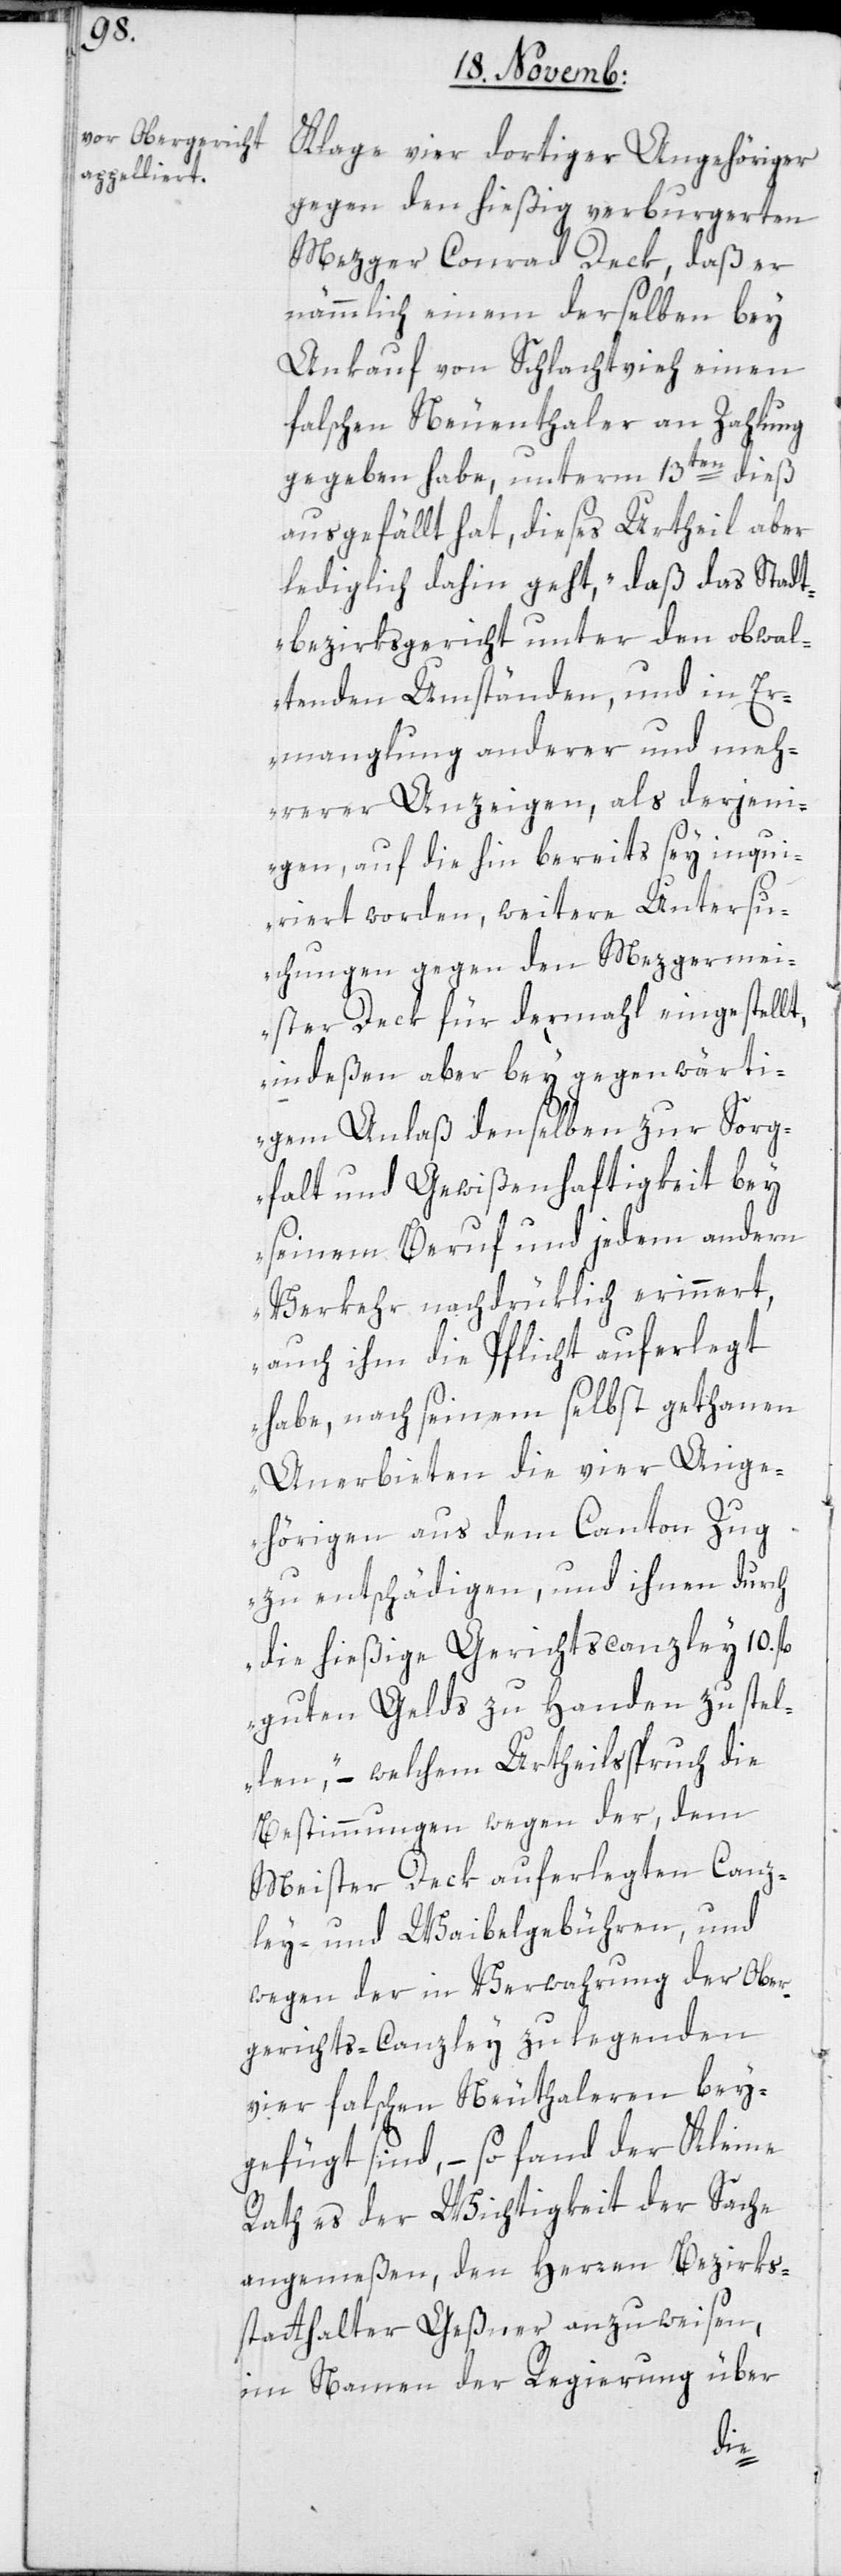
Klage vier dortiger Angehöriger
gegen den hießig verburgerten
Metzger Conrad Deck, daß er
nämmlich einem derselben bey
Ankauf von Schlachtvieh einen
falschen Neuenthaler an Zahlung
gegeben habe, unterm 13ten dieß
ausgefällt hat, dieses Urtheil aber
lediglich dahin geht, „daß das Stadt¬
bezirksgericht unter den obwal¬
tenden Umständen, und in Er¬
manglung anderer und meh¬
rerer Anzeigen, als derjeni¬
gen, auf die hin bereits sey inqui¬
riert worden, weitere Untersu¬
chungen gegen den Mezgermei¬
ster Deck für dermahl eingestellt,
indeßen aber bey gegenwärti¬
gem Anlaß denselben zur Sorg¬
falt und Gewißenhaftigkeit bey
seinem Beruf und jedem andern
Verkehr nachdrüklich erinnert,
auch ihm die Pflicht auferlegt
habe, nach seinem selbst gethanen
Anerbieten die vier Ange¬
hörigen aus dem Canton Zug
zu entschädigen, und ihnen durch
die hießige Gerichtscanzley 10.
guten Gelds zu Handen zu stel¬
len“, – welchem Urtheilsspruch die
Bestimmungen wegen der, dem
Meister Deck auferlegten Canz¬
ley- und Waibelgebühren und
wegen der in Verwahrung der Ober¬
gerichts-Canzley zu legenden
vier falschen Neuthaleren bey¬
gefügt sind, – so fand der Kleines
Rath es der Wichtigkeit der Sache
angemeßen, den Herren Bezirks¬
statthalter Geßner anzuweisen,
im Namen der Regierung über